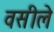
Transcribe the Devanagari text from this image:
वसीले